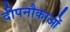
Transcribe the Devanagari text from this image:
दीपनौकाओं